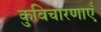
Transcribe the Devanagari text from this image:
कुविचारणाएँ